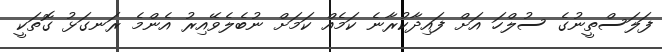
ފަލަސްތީނުގެ ސުލްހަ އަށް ފައިދާކުރާނެ ކަމެއް ކަމަށް ނުބެލެވޭއިރު އެންމެ ރަނގަޅު ގޮތަކީ